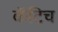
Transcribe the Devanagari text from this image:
कॅटिच